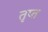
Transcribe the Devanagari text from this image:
तृप्‍त